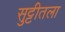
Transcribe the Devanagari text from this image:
सुट्टीतला